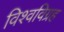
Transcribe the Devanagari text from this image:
विश्वविग्रह